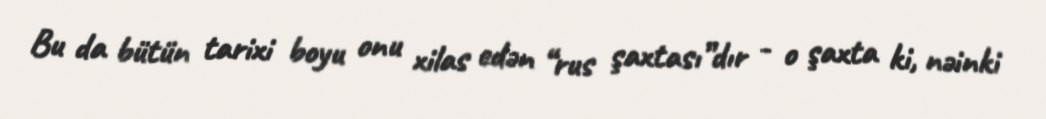
Bu da bütün tarixi boyu onu xilas edən “rus şaxtası”dır - o şaxta ki, nəinki